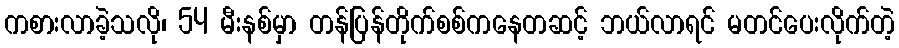
ကစားလာခဲ့သလို၊ 54 မီးနစ်မှာ တန်ပြန်တိုက်စစ်ကနေတဆင့် ဘယ်လာရင် မတင်ပေးလိုက်တဲ့